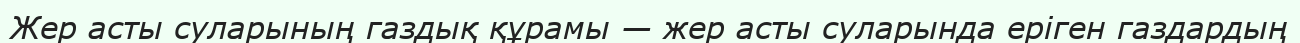
Жер асты суларының газдық құрамы — жер асты суларында еріген газдардың